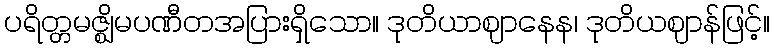
ပရိတ္တမဇ္ဈိမပဏီတအပြားရှိသော။ ဒုတိယာဈာနေန၊ ဒုတိယဈာန်ဖြင့်။